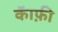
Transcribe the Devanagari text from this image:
कॅाफ़ी